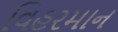
વિહરમાન